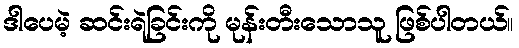
ဒါပေမဲ့ ဆင်းရဲခြင်းကို မုန်းတီးသောသူ ဖြစ်ပါတယ်။